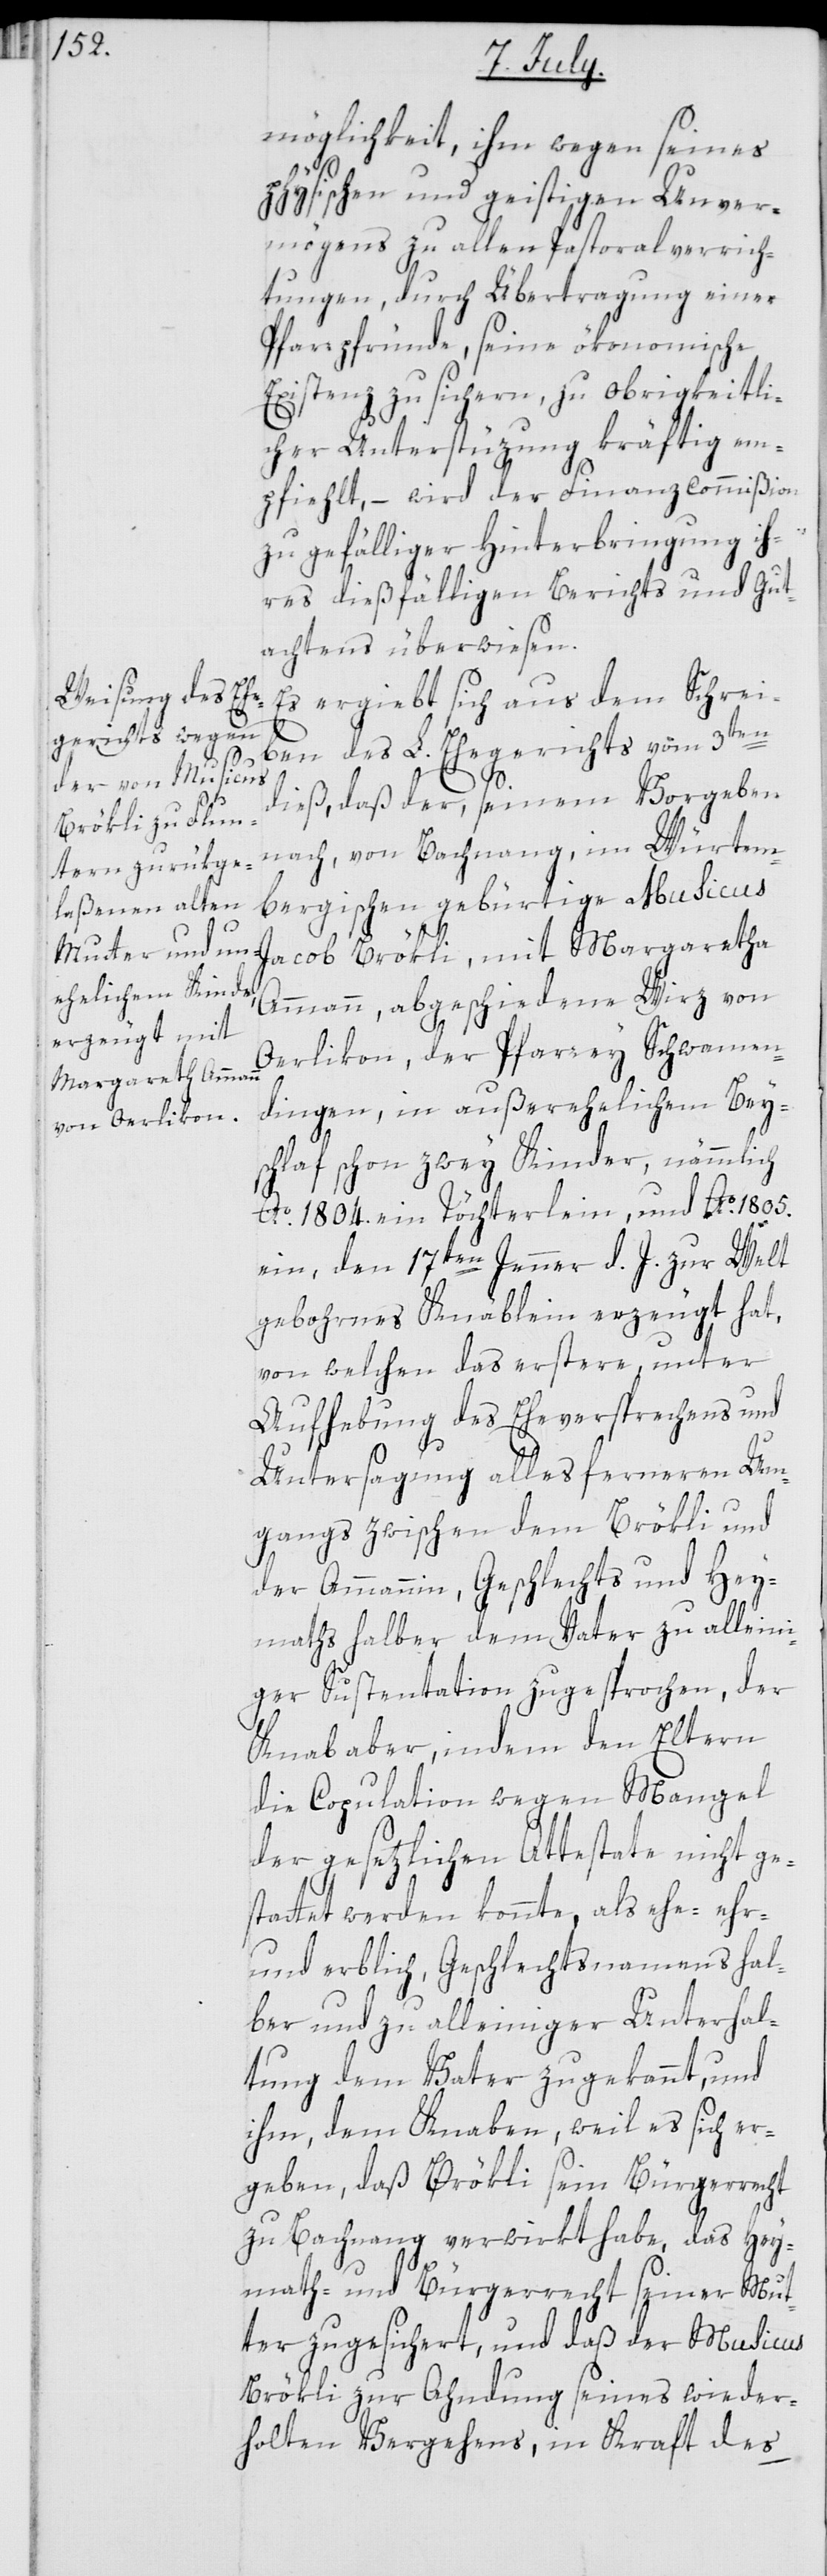
möglichkeit, ihm wegen seines
hen und geistigen Unver¬
physisc¬
mögens zu allen Pastoralverrich¬
tungen, durch Übertragung einer
Pfarrpfründe, seine ökonomische
Existenz zu sichern, zu obrigkeitli¬
cher Unterstüzung kräftig em¬
pfiehlt, – wird der Finanzcommißion
zu gefälliger Hinterbringung ih¬
res dießfälligen Berichts und Gut¬
achtens überwiesen.
Es ergiebt sich aus dem Schrei¬
ben des L. Ehegerichts vom 3ten
dieß, daß der, seinem Vorgeben
nach, von Bachnang, im Würtem¬
bergischen gebürtige Musicus
Jacob Brökli, mit Margaretha
Ammann, abgeschiedene Wirz von
Oerlikon, der Pfarrey Schwamen¬
dingen, in außerehelichem Beys¬
chlaf schon zwey Kinder, nämmlich
Ao. 1804. ein Töchterlein und Ao. 1805.
ein, den 17ten Jenner d. J. zur Welt
gebohrnes Knäblein erzeugt hat,
von welchen das erstere, unter
Aufhebung des Eheversprechens und
Untersagung alles ferneren Um¬
gangs zwischen dem Brökli und
der Ammannin, Geschlechts und Hey¬
maths halber dem Vater zu alleini¬
ger Sustentation zugesprochen, der
Knab aber, indem den Eltern
die Copulation wegen Mangel
der gesetzlichen Attestate nicht ge¬
stattet werden konnte, als ehe-, ehr-
und erblich, Geschlechtsnamens hal¬
ber und zu alleiniger Unterhal¬
tung dem Vater zugekannt, und
ihm, dem Knaben, weil es sich er¬
geben, daß Brökli sein Bürgerrecht
zu Bachnang verwirkt habe, das Hey¬
math- und Bürgerrecht seiner Mut¬
ter zugesichert, und daß der Musicus
Brökli zur Ahndung seines wieder¬
holten Vergehens, in Kraft des